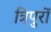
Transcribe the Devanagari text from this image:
त्रिपुरों